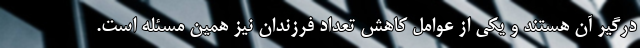
درگیر آن هستند و یکی از عوامل کاهش تعداد فرزندان نیز همین مسئله است.